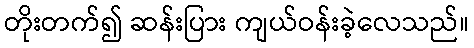
တိုးတက်၍ ဆန်းပြား ကျယ်ဝန်းခဲ့လေသည်။